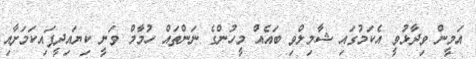
އަމީން ވިދާޅުވީ އެކަމުގައި ޝާމިލްވި ބައެއް މީހުންގެ ނަންތައް ހުމާމް ވަނީ ކިޔައިދީފައިކަމަށާއި